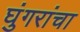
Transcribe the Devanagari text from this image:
घुंगरांचा